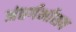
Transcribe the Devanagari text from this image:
अंतर्गर्भाशय